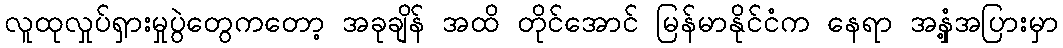
လူထုလှုပ်ရှားမှုပွဲတွေကတော့ အခုချိန် အထိ တိုင်အောင် မြန်မာနိုင်ငံက နေရာ အနှံ့အပြားမှာ